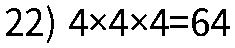
22) 4×4×4=64